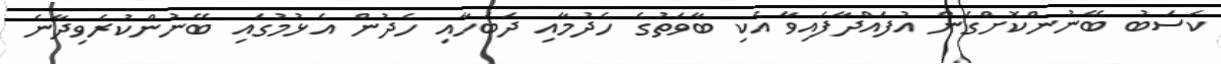
ކަސަބު ބޭނުންކޮށްގެން އުފައްދާފައިވާ އެކި ބާވަތުގެ ހެދުމާއި ދަބަހާއި ހެދުން އެޅުމުގައި ބޭނުންކުރެވިދާނެ